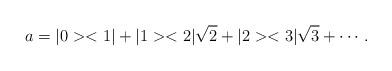
LaTeX: \begin{align*}a = |0 ><1| + |1 ><2|\sqrt{2} + |2 ><3|\sqrt{3} + \cdots .\end{align*}